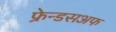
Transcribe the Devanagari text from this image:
फ्रेन्डसअफ